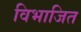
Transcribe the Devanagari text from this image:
विभाजित